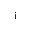
\mathrm { i }